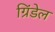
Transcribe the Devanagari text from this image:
ग्रिंडेल